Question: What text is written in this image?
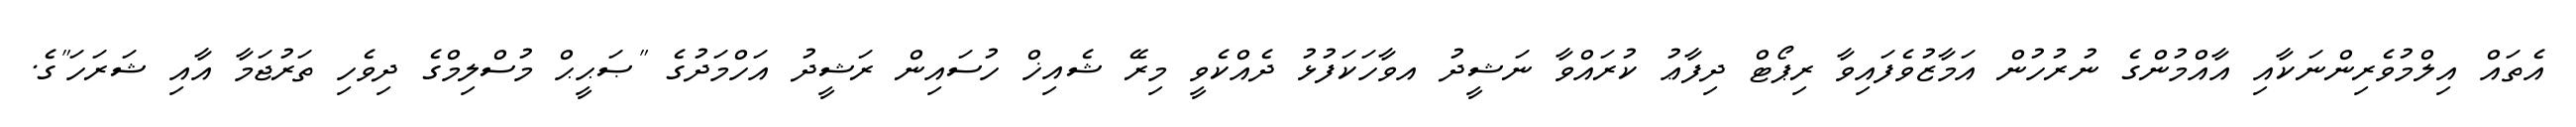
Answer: އެތައް އިލްމުވެރިންނަކާއި އާއްމުންގެ ނުރުހުން އަމާޒުވެފައިވާ ރިޕޯޓް ދިފާޢު ކުރައްވާ ނަޝީދު އވާހަކަފުޅު ދެއްކެވީ މިރޭ ޝެއިޚް ހުސައިން ރަޝީދު އަހްމަދުގެ "ޞަޙީޙް މުސްލިމްގެ ދިވެހި ތަރުޖަމާ އާއި ޝަރަހަ"ގެ.